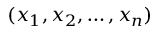
( x _ { 1 } , x _ { 2 } , \dotsc , x _ { n } )